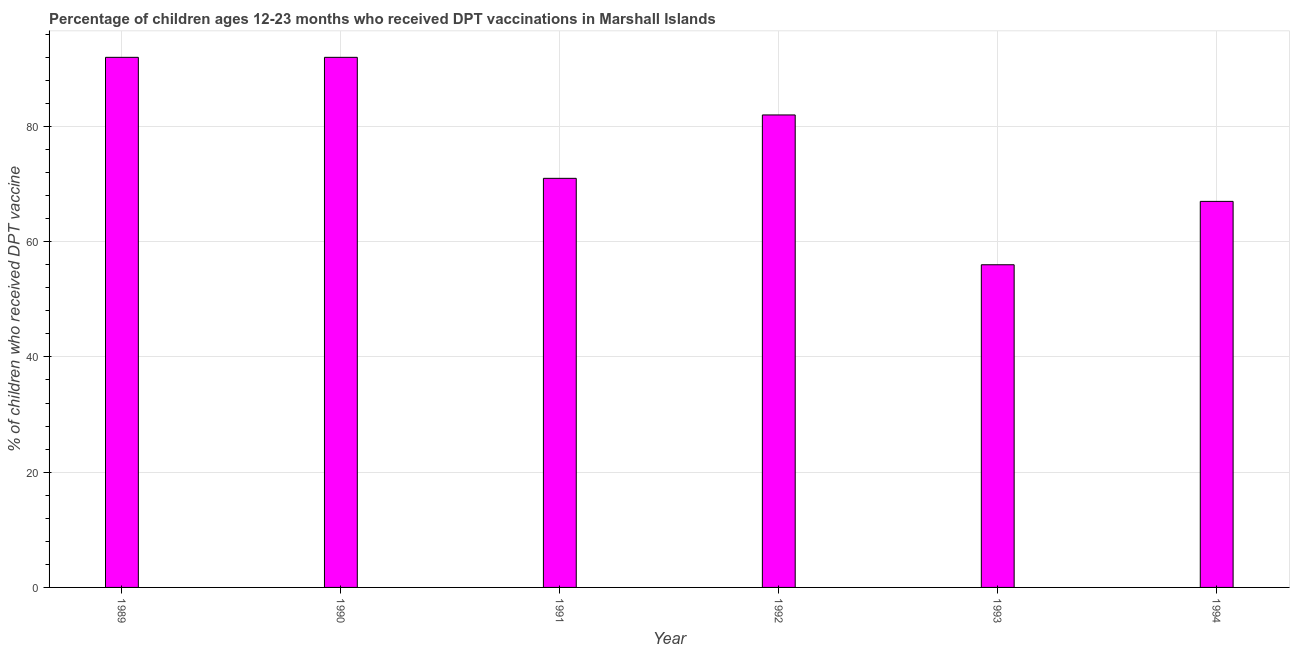
| Year | Immunization |
 | --- | --- |
 | 1989 | 92 |
 | 1990 | 92 |
 | 1991 | 71 |
 | 1992 | 82 |
 | 1993 | 56 |
 | 1994 | 67 |